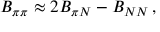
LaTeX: B _ { \pi \pi } \approx 2 B _ { \pi N } - B _ { N N } \, ,